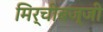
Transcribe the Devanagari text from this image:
मिर्चीबज्जी